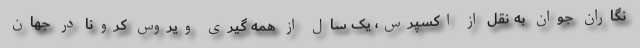
نگاران جوان به نقل از اکسپرس، یک سال از همه گیری ویروس کرونا در جهان